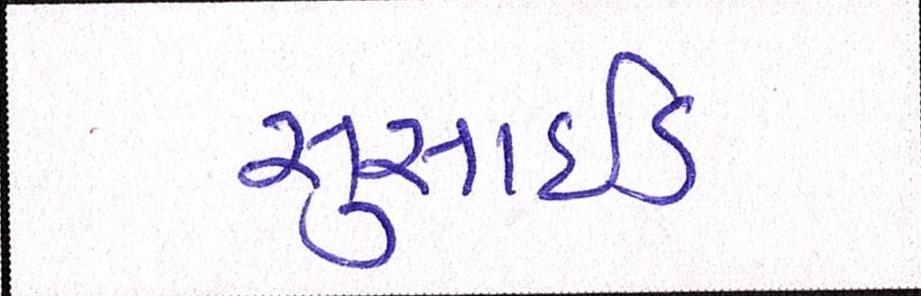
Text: સુસાઈડ